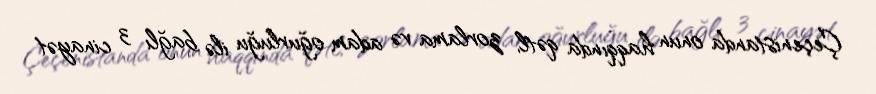
Çeçenistanda onun haqqında qətl, zorlama və adam oğurluğu ilə bağlı 3 cinayət